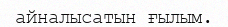
айналысатын ғылым.